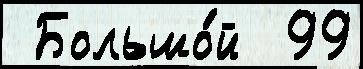
 Большо́й  99